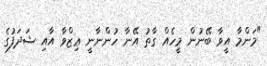
"މަންމާ އީވާ ބޭނުން މީހެއް ގާތު އޭނާ ހުންނާނީ ޢިޒްވާ އާއި ޝަދަފުގެ